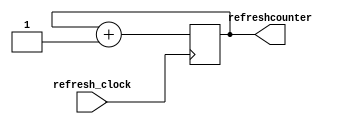
`timescale 1ns / 1ps

module refreshcounter(input refresh_clock, output reg [1:0]refreshcounter = 0);
    
    always @ (posedge refresh_clock)
    refreshcounter = refreshcounter + 1;
    
endmodule